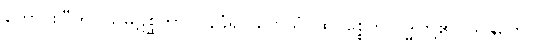
ကောင်းပြီဟု။ သမ္ပဋိစ္ဆိတွာ၊ ဝန်ခံ၍။ တေသံ၊ ထိုပစ္စေက ဗုဒ္ဓါတို့၏။ သန္တိကေ၊